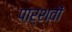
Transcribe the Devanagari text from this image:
पार्शवों